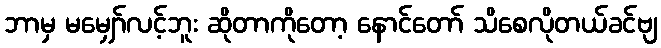
ဘာမှ မမျှော်လင့်ဘူး ဆိုတာကိုတော့ နောင်တော် သိစေလိုတယ်ခင်ဗျ